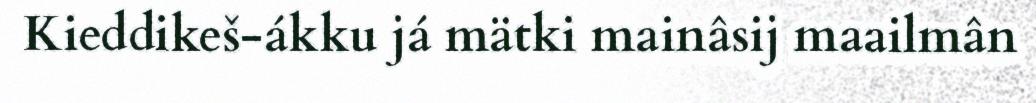
Kieddikeš-ákku já mätki mainâsij maailmân